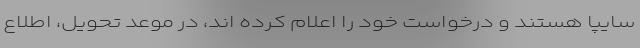
سایپا هستند و درخواست خود را اعلام کرده اند، در موعد تحویل، اطلاع